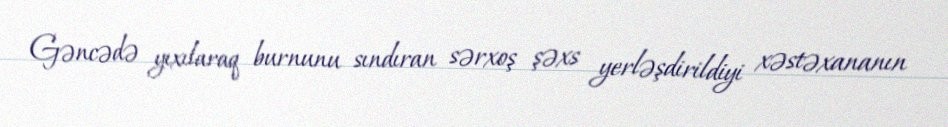
Gəncədə yıxılaraq burnunu sındıran sərxoş şəxs yerləşdirildiyi xəstəxananın